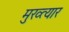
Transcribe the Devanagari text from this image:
मुख्त्यार